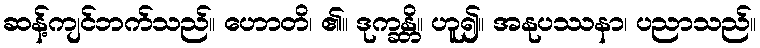
ဆန့်ကျင်ဘက်သည်။ ဟောတိ၊ ၏။ ဒုက္ခန္တိ။ ဟူ၍။ အနုပဿနာ၊ ပညာသည်။